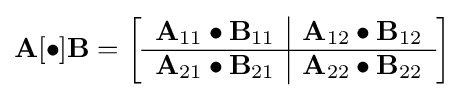
\mathbf {A} [\bullet ]\mathbf {B} =\left[{\begin{array}{c | c}\mathbf {A} _{11}\bullet \mathbf {B} _{11}&\mathbf {A} _{12}\bullet \mathbf {B} _{12}\\\hline \mathbf {A} _{21}\bullet \mathbf {B} _{21}&\mathbf {A} _{22}\bullet \mathbf {B} _{22}\end{array}}\right]